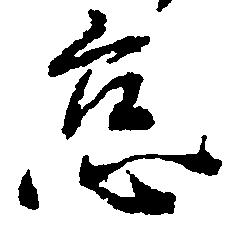
怠